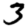
Digit: 3